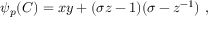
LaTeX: \psi _ { p } ( C ) = x y + ( \sigma z - 1 ) ( \sigma - z ^ { - 1 } ) ~ ,